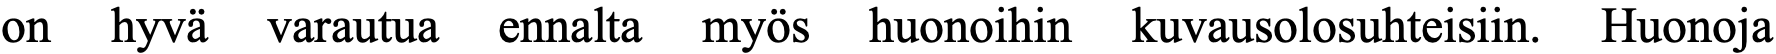
on hyvä varautua ennalta myös huonoihin kuvausolosuhteisiin. Huonoja